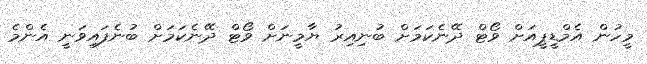
މީހުން އެމްޑީޕީއަށް ވޯޓް ދޭނެކަމަށް ބުނިއިރު ޔާމީނަށް ވޯޓް ދޭނެކަމަށް ބުނެފައިވަނީ އެންމެ